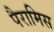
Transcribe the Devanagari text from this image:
पैरामिस